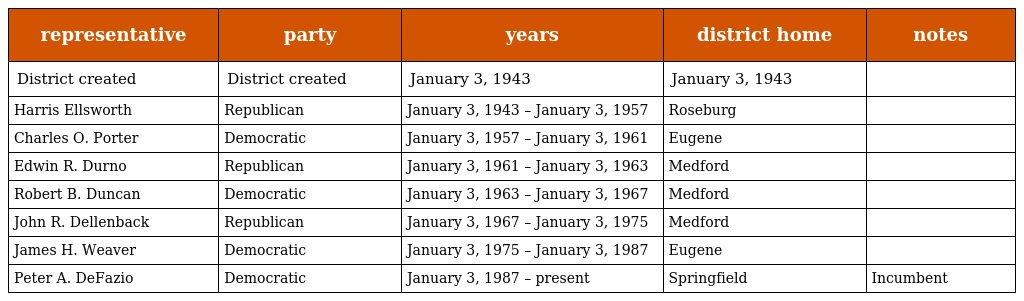
| representative | party | years | district home | notes |
 | --- | --- | --- | --- | --- |
 | District created | District created | January 3, 1943 | January 3, 1943 |  |
 | Harris Ellsworth | Republican | January 3, 1943 – January 3, 1957 | Roseburg |  |
 | Charles O. Porter | Democratic | January 3, 1957 – January 3, 1961 | Eugene |  |
 | Edwin R. Durno | Republican | January 3, 1961 – January 3, 1963 | Medford |  |
 | Robert B. Duncan | Democratic | January 3, 1963 – January 3, 1967 | Medford |  |
 | John R. Dellenback | Republican | January 3, 1967 – January 3, 1975 | Medford |  |
 | James H. Weaver | Democratic | January 3, 1975 – January 3, 1987 | Eugene |  |
 | Peter A. DeFazio | Democratic | January 3, 1987 – present | Springfield | Incumbent |